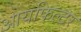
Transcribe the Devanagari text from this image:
आयफिल्टर